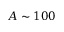
A \sim 1 0 0